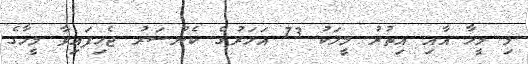
މި މީހާ އާއި އިތުރު މީހަކު 73 އަހަރުގެ ކެންސަރު ޖެހިފައިވާ މީހާގެ